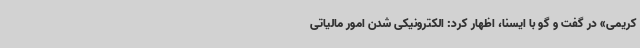
کریمی» در گفت و گو با ایسنا، اظهار کرد: الکترونیکی شدن امور مالیاتی